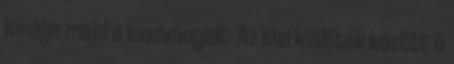
kínálja majd a kiadványait. Az idei kiállítók között 6